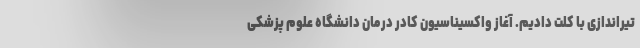
تیراندازی با کلت دادیم. آغاز واکسیناسیون کادر درمان دانشگاه علوم پزشکی